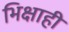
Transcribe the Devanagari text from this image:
भिक्षाही